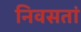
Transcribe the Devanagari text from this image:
निवसतां